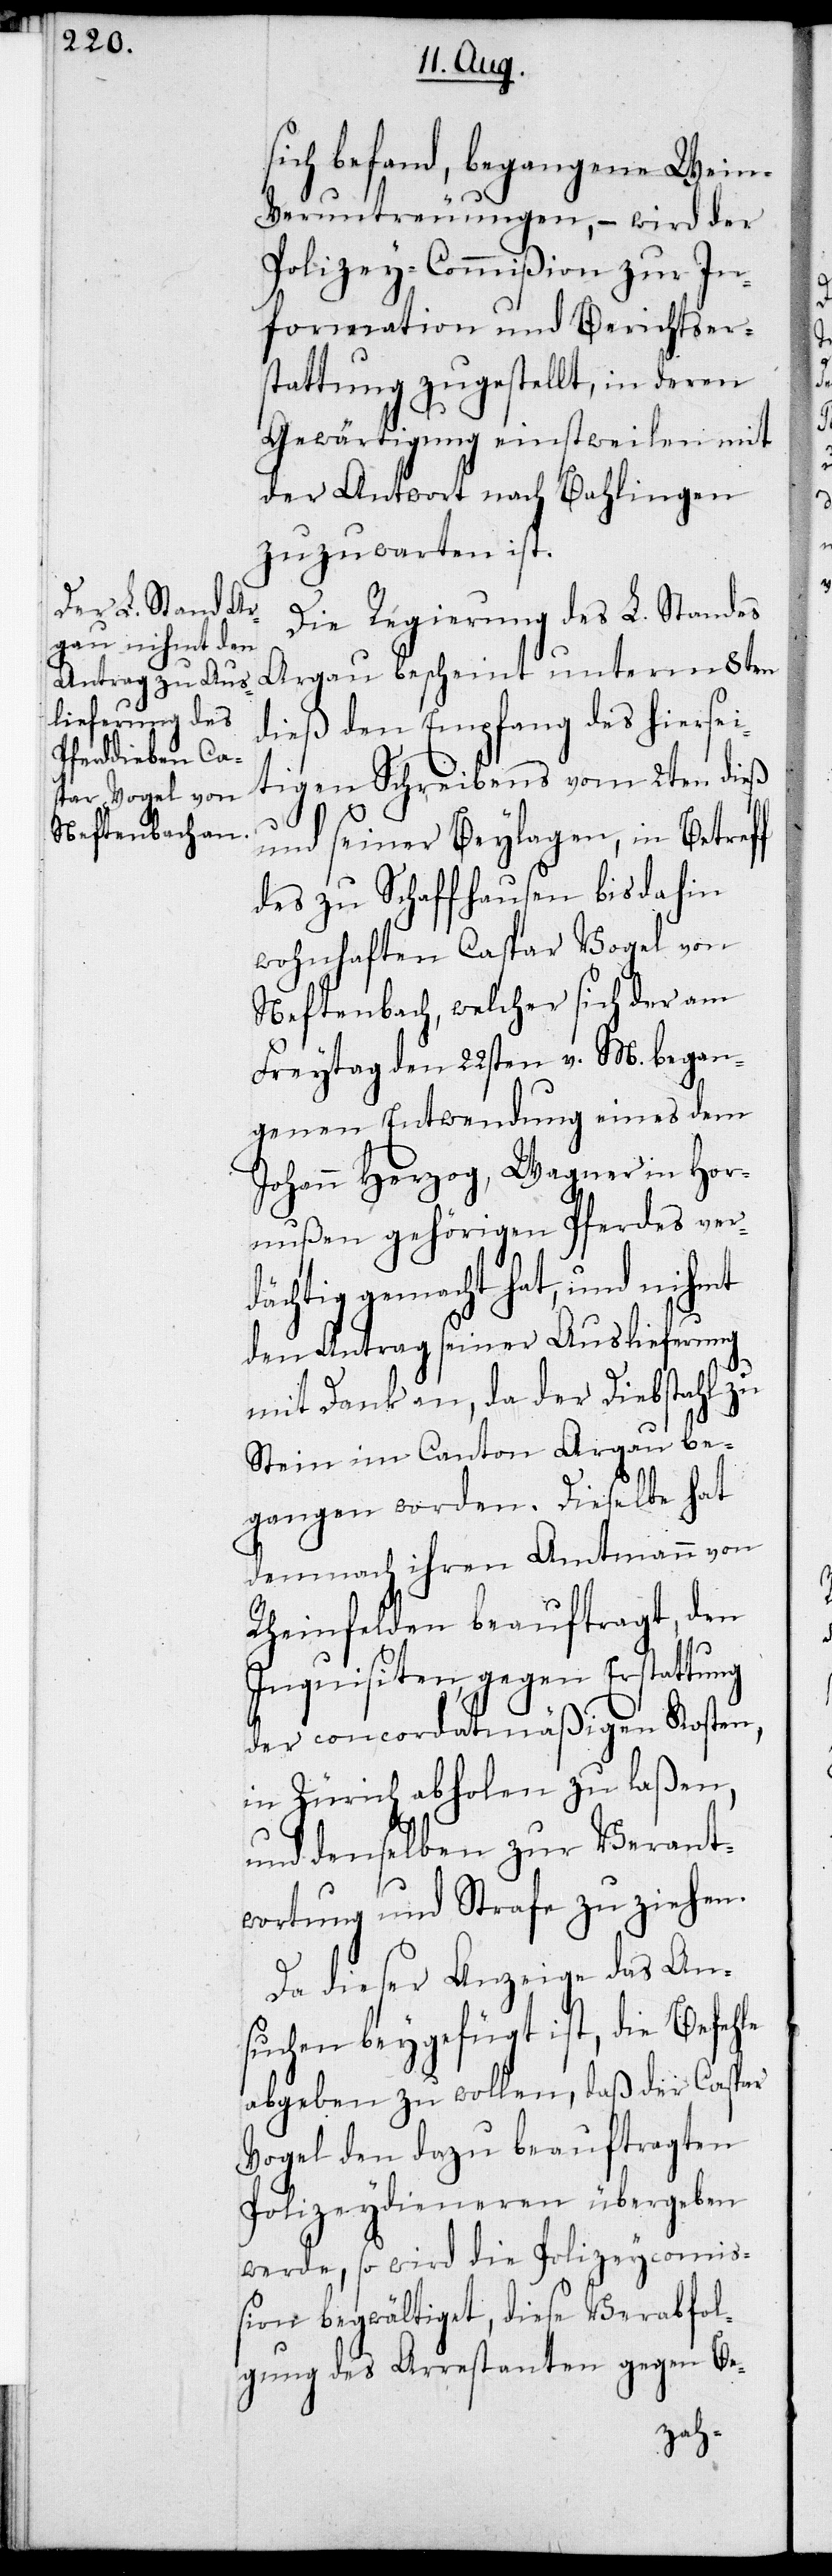
sich befand, begangene Wei¬
n-Veruntreuungen, – wird der
Polizey-Commißion zur In¬
formation und Berichtser¬
stattung zugestellt, in deren
Gewärtigung einstweilen mit
der Antwort nach Bahlingen
zuzuwarten ist.
Die Regierung des L. Standes
Argau bescheint unterm 8ten
dieß den Empfang des hiersei¬
tigen Schreibens vom 2ten dieß
und seiner Beylagen, in Betreff
wohnhaften Caspar Vogel von
Neftenbach, welcher sich der am
Freytag den 22sten v. M. began¬
genen Entwendung eines dem
Johann Herzog, Wagner in Hor¬
nußen gehörigen Pferdes ver¬
dächtig gemacht hat, und nihmt
den Antrag seiner Auslieferung
mit Dank an, da der Diebstahl zu
Stein im Canton Argau be¬
gangen worden. Dieselbe hat
demnach ihren Amtmann von
Rheinfelden beauftragt, den
Inquisiten, gegen Erstattung
der concordatmäßigen Kosten,
in Zürich abholen zu laßen,
und denselben zur Verant¬
wortung und Strafe zu ziehen.
Da dieser Anzeige das An¬
suchen beygefügt ist, die Befehle
abgeben zu wollen, daß der Caspar
Vogel den dazu beauftragten
Polizeydieneren übergeben
werde, so wird die Polizeycomiß¬
ion begwältiget, diese Verabfol¬
gung des Arrestanten gegen Be-